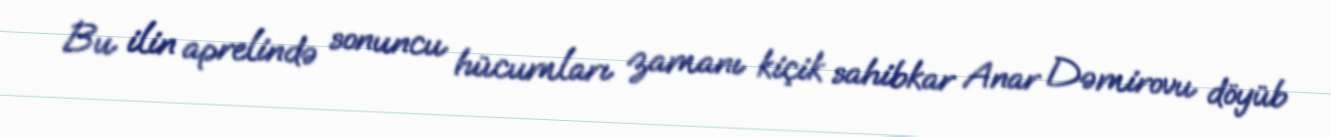
Bu ilin aprelində sonuncu hücumları zamanı kiçik sahibkar Anar Dəmirovu döyüb